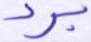
برد